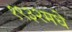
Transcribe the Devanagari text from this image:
१९३२मधे